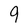
Character: 9